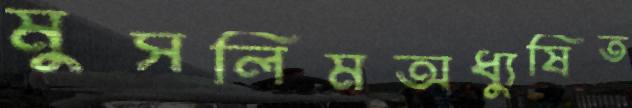
মুসলিমঅধ্যুষিত